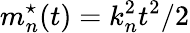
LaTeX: m_{n}^{\star}(t)=k_{n}^{2}t^{2}/2